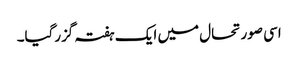
اسی صورتحال میں ایک ہفتہ گزرگیا۔